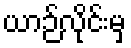
ယာဉ်လိုင်းမှ